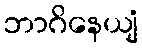
ဘာဂိနေယျံ